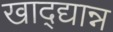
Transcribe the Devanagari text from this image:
खाद्द्यान्न